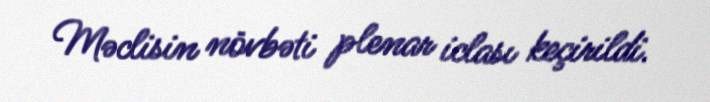
Məclisin növbəti plenar iclası keçirildi.